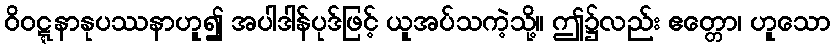
ဝိဝဋ္ဋနာနုပဿနာဟူ၍ အပါဒါန်ပုဒ်ဖြင့် ယူအပ်သကဲ့သို့။ ဤ၌လည်း ဧတ္တော၊ ဟူသော